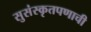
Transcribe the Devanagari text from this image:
सुसंस्कृतपणाची